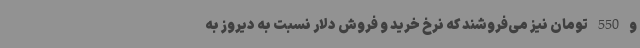
و 550 تومان نیز می‌فروشند که نرخ خرید و فروش دلار نسبت به دیروز به